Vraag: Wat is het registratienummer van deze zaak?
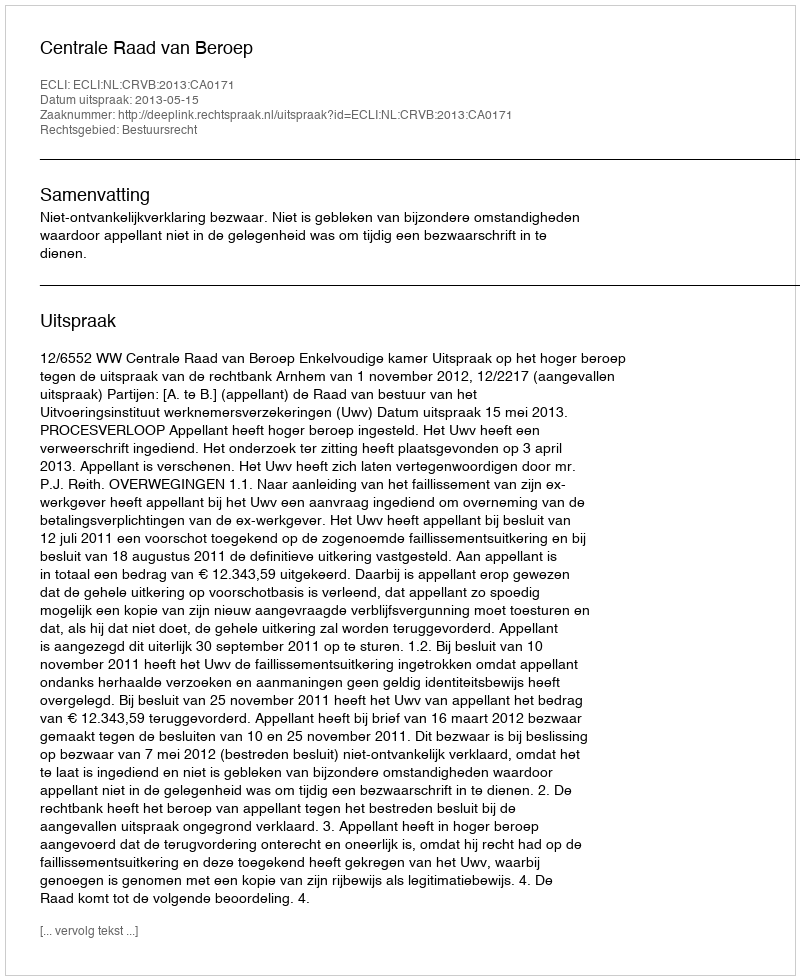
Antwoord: http://deeplink.rechtspraak.nl/uitspraak?id=ECLI:NL:CRVB:2013:CA0171